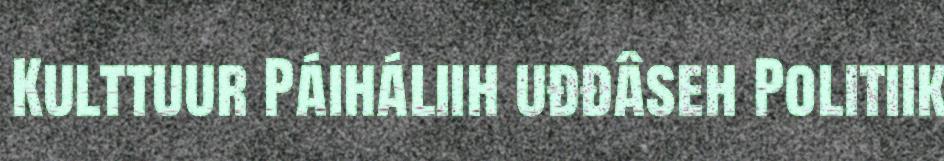
Kulttuur Páiháliih uđđâseh Politiik